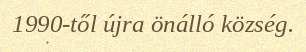
1990-től újra önálló község.